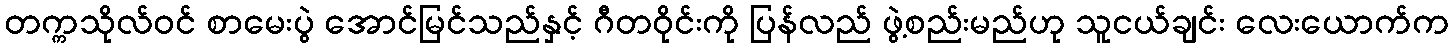
တက္ကသိုလ်ဝင် စာမေးပွဲ အောင်မြင်သည်နှင့် ဂီတဝိုင်းကို ပြန်လည် ဖွဲ့စည်းမည်ဟု သူငယ်ချင်း လေးယောက်က